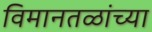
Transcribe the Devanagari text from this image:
विमानतळांच्या